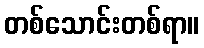
တစ်သောင်းတစ်ရာ။